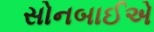
સોનબાઈએ